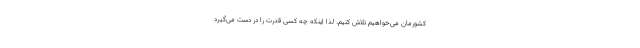
کشورمان می‌خواهیم تلاش کنیم. لذا اینکه چه کسی قدرت را در دست می‌گیرد